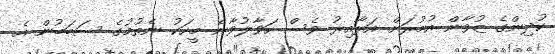
ކުދިންގެ ޒުވާން އުމުރަށް އަޅާއިރު ވެސް ހަވާލުވާނެ މީހަކު ނެތުމުގެ ސަބަބުން އެ